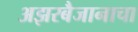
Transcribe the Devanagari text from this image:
अझरबैजानाचा